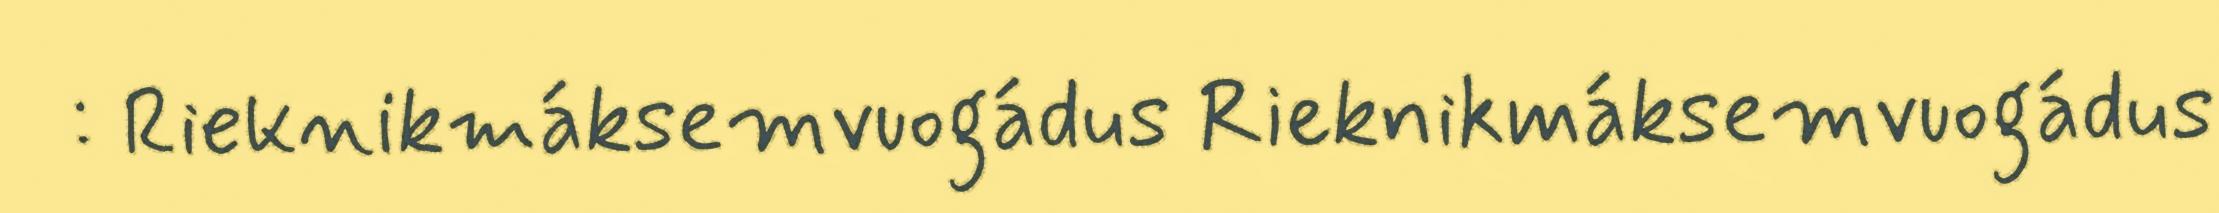
: Rieknikmáksemvuogádus Rieknikmáksemvuogádus